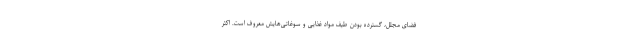
فضای مجلل، گسترده بودن طیف مواد غذایی و سوغاتی‌هایش معروف است. اکثر